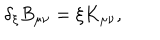
\delta _ { \xi } B _ { \mu \nu } = \xi K _ { \mu \nu } ,